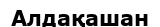
Алдақашан